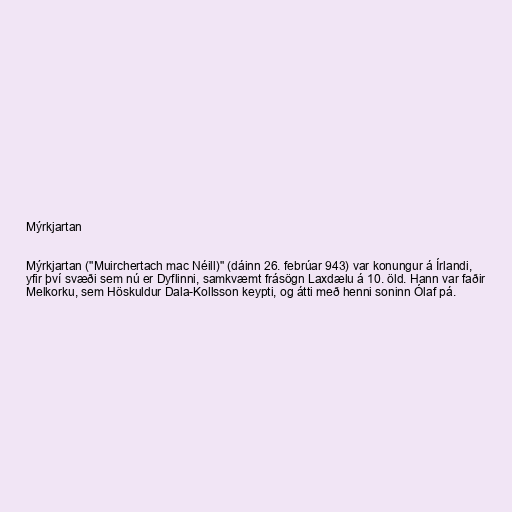
Mýrkjartan

Mýrkjartan ("Muirchertach mac Néill)" (dáinn 26. febrúar 943) var konungur á Írlandi,
yfir því svæði sem nú er Dyflinni, samkvæmt frásögn Laxdælu á 10. öld. Hann var faðir
Melkorku, sem Höskuldur Dala-Kollsson keypti, og átti með henni soninn Ólaf pá.